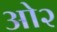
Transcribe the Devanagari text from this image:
ओ२